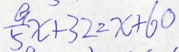
\frac { 9 } { 5 } x + 3 2 = x + 6 0